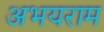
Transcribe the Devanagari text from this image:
अभयराम